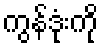
ကွန်ဒုံးကို